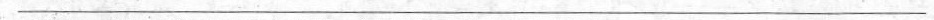
___